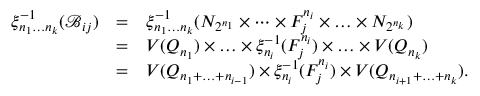
\begin{array} { r c l } { \xi _ { n _ { 1 } \ldots n _ { k } } ^ { - 1 } ( \mathscr { B } _ { i j } ) } & { = } & { \xi _ { n _ { 1 } \ldots n _ { k } } ^ { - 1 } ( N _ { 2 ^ { n _ { 1 } } } \times \cdots \times F _ { j } ^ { n _ { i } } \times \ldots \times N _ { 2 ^ { n _ { k } } } ) } \\ & { = } & { V ( Q _ { n _ { 1 } } ) \times \ldots \times \xi _ { n _ { i } } ^ { - 1 } ( F _ { j } ^ { n _ { i } } ) \times \ldots \times V ( Q _ { n _ { k } } ) } \\ & { = } & { V ( Q _ { n _ { 1 } + \ldots + n _ { i - 1 } } ) \times \xi _ { n _ { i } } ^ { - 1 } ( F _ { j } ^ { n _ { i } } ) \times V ( Q _ { n _ { i + 1 } + \ldots + n _ { k } } ) . } \end{array}